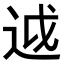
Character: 𨒋